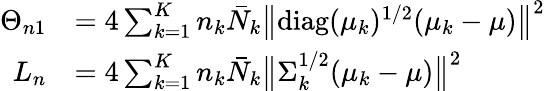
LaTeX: \begin{array}{rl}{\Theta_{n1}}&{=4\sum_{k=1}^{K}n_{k}\bar{N}_{k}\bigl\| \mathrm{diag}(\mu_{k})^{1/2}(\mu_{k}-\mu)\bigr\| ^{2}}\\ {L_{n}}&{=4\sum_{k=1}^{K}n_{k}\bar{N}_{k}\bigl\| \Sigma_{k}^{1/2}(\mu_{k}-\mu)\bigr\| ^{2}}\end{array}